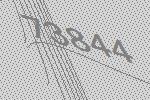
73844